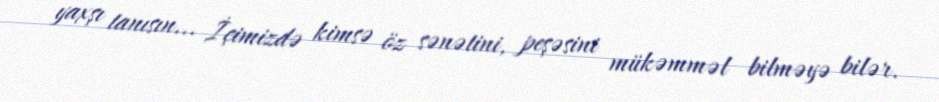
yaxşı tanısın... İçimizdə kimsə öz sənətini, peşəsini mükəmməl bilməyə bilər.